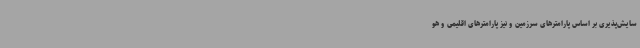
سایش‌پذیری بر اساس پارامترهای سرزمین و نیز پارامترهای اقلیمی و هو